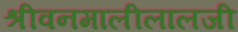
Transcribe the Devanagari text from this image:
श्रीवनमालीलालजी